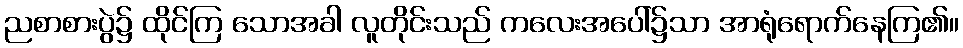
ညစာစားပွဲ၌ ထိုင်ကြ သောအခါ လူတိုင်းသည် ကလေးအပေါ်၌သာ အာရုံရောက်နေကြ၏။